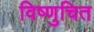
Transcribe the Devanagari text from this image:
विष्णुचित